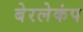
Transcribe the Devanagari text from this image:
बेरलेकंप